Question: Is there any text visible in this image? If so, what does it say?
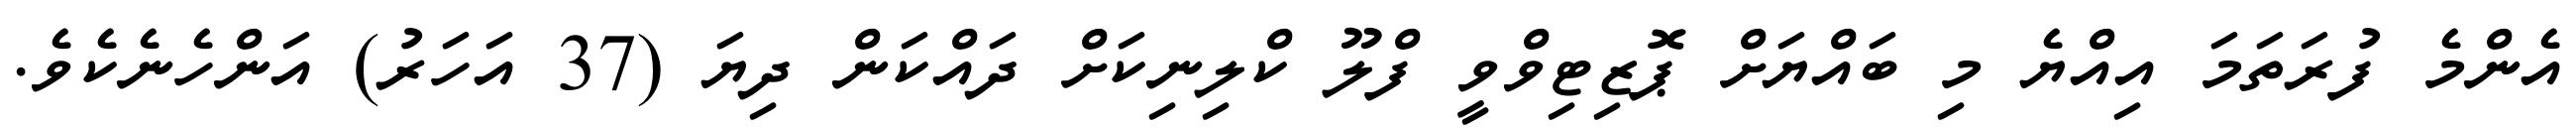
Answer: އެންމެ ފުރަތަމަ އިއްޔެ މި ބައްޔަށް ޕޮޒިޓިވްވީ ފްލޫ ކްލިނިކަށް ދައްކަން ދިޔަ (37 އަހަރު) އަންހެނެކެވެ.